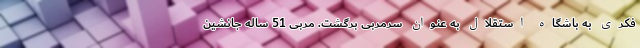
فکری به باشگاه استقلال به عنوان سرمربی برگشت. مربی 51 ساله جانشین